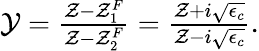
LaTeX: \begin{array}{r}{\mathcal{Y}=\frac{\mathcal{Z}-\mathcal{Z}_{1}^{F}}{\mathcal{Z}-\mathcal{Z}_{2}^{F}}=\frac{\mathcal{Z}+i\sqrt{\epsilon_{c}}}{\mathcal{Z}-i\sqrt{\epsilon_{c}}}.}\end{array}